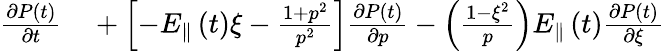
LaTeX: \begin{array}{rl}{\frac{\partial P\left(t\right)}{\partial t}}&{{}+\left[-E_{\Vert}\left(t\right)\xi-\frac{1+p^{2}}{p^{2}}\right]\frac{\partial P\left(t\right)}{\partial p}-\left(\frac{1-\xi^{2}}{p}\right)E_{\Vert}\left(t\right)\frac{\partial P\left(t\right)}{\partial\xi}}\end{array}